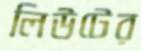
লিউটের